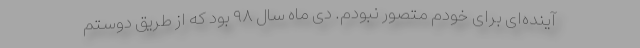
آینده‌ای برای خودم متصور نبودم. دی ماه سال ۹۸ بود که از طریق دوستم